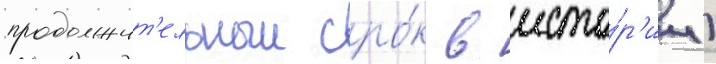
продолжит'ельныи сро́к в исто́р'ии)